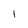
Character: 1